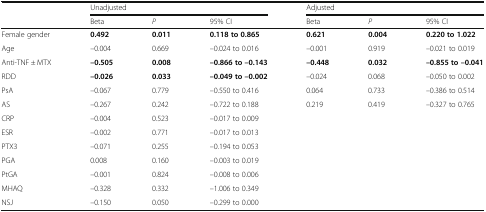
|  | <COLSPAN=3> Unadjusted | <COLSPAN=3> Adjusted |
 |  | Beta | P | 95% CI | Beta | P | 95% CI |
 | --- | --- | --- | --- | --- | --- | --- |
 | Female gender | 0.492 | 0.011 | 0.118 to 0.865 | 0.621 | 0.004 | 0.220 to 1.022 |
 | Age | –0.004 | 0.669 | –0.024 to 0.016 | –0.001 | 0.919 | –0.021 to 0.019 |
 | Anti-TNF ± MTX | –0.505 | 0.008 | –0.866 to –0.143 | –0.448 | 0.032 | –0.855 to –0.041 |
 | RDD | –0.026 | 0.033 | –0.049 to –0.002 | –0.024 | 0.068 | –0.050 to 0.002 |
 | PsA | –0.067 | 0.779 | –0.550 to 0.416 | 0.064 | 0.733 | –0.386 to 0.514 |
 | AS | –0.267 | 0.242 | –0.722 to 0.188 | 0.219 | 0.419 | –0.327 to 0.765 |
 | CRP | –0.004 | 0.523 | –0.017 to 0.009 |  |  |  |
 | ESR | –0.002 | 0.771 | –0.017 to 0.013 |  |  |  |
 | PTX3 | –0.071 | 0.255 | –0.194 to 0.053 |  |  |  |
 | PGA | 0.008 | 0.160 | –0.003 to 0.019 |  |  |  |
 | PtGA | –0.001 | 0.824 | –0.008 to 0.006 |  |  |  |
 | MHAQ | –0.328 | 0.332 | –1.006 to 0.349 |  |  |  |
 | NSJ | –0.150 | 0.050 | –0.299 to 0.000 |  |  |  |